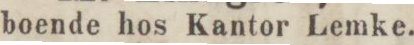
boende hos Kantor Lemke.